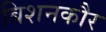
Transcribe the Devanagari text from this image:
बिशनकौर